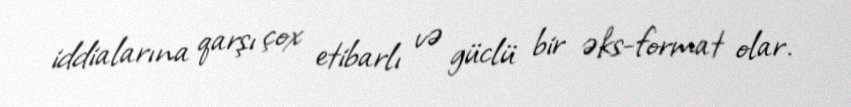
iddialarına qarşı çox etibarlı və güclü bir əks-format olar.